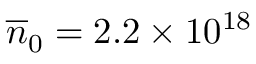
\overline { { n } } _ { 0 } = 2 . 2 \times 1 0 ^ { 1 8 }